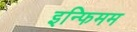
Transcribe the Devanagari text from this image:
इन्फिमम